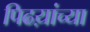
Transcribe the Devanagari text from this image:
पिढय़ांच्या